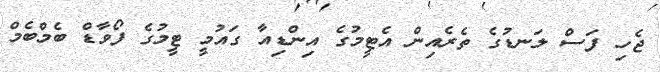
ޖެހި ފަސް ލަނޑުގެ ތެރެއިން އެޓީމުގެ އިންޑިއާ ގައުމީ ޓީމުގެ ފޯވާޑް ބެމްބެމް